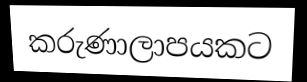
කරුණාලාපයකට